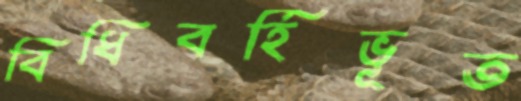
বিধিবর্হিভূত